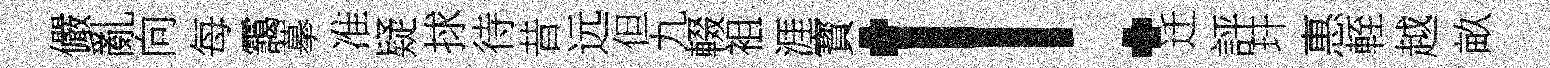
儼亂向每靄摹准疑捄待昔远但九輟袓涯寳！迁評玕惠輊越畝